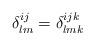
LaTeX: \begin{align*}\delta_{lm}^{ij}=\delta_{lmk}^{ijk}\end{align*}